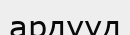
ардууд